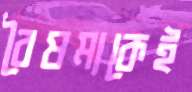
বৈষম্যকেই